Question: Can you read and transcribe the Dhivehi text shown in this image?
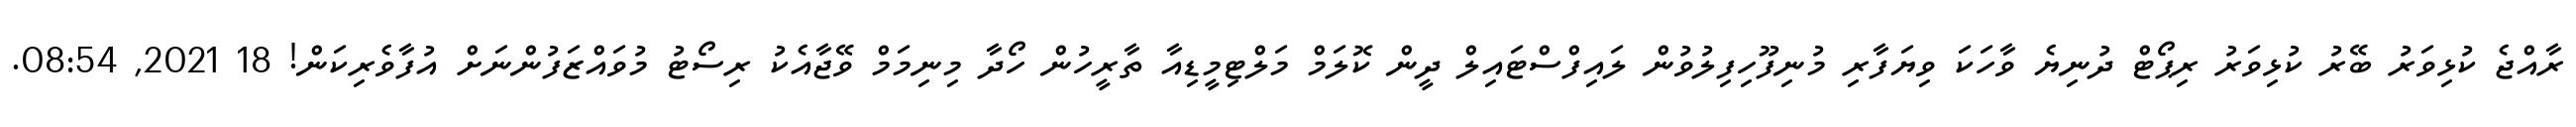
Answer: ރާއްޖެ ކުޅިވަރު ބޭރު ކުޅިވަރު ރިޕޯޓް ދުނިޔެ ވާހަކަ ވިޔަފާރި މުނިފޫހިފިލުވުން ލައިފްސްޓައިލް ދީން ކޮލަމް މަލްޓިމީޑިއާ ތާރީހުން ހޯދާ މިނިމަމް ވޭޖާއެކު ރިސޯޓު މުވައްޒަފުންނަށް އުފާވެރިކަން! 18 2021, 08:54.